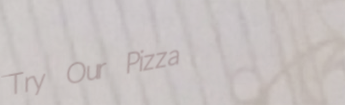
Try Our Pizza